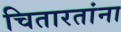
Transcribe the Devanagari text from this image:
चितारतांना